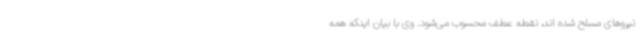
نیروهای مسلح شده اند، نقطه عطف محسوب می‌شود. وی با بیان اینکه همه